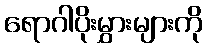
ရောဂါပိုးမွှားများကို